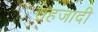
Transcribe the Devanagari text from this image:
सहजादी